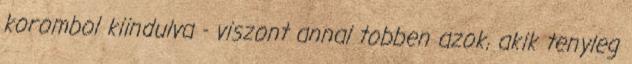
korombol kiindulva - viszont annal tobben azok, akik tenyleg